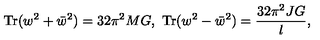
\mathrm { T r } ( w ^ { 2 } + \bar { w } ^ { 2 } ) = 3 2 \pi ^ { 2 } M G , \ \mathrm { T r } ( w ^ { 2 } - \bar { w } ^ { 2 } ) = { \frac { 3 2 \pi ^ { 2 } J G } { l } } ,